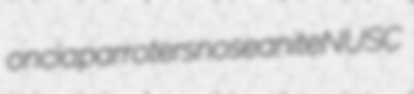
oncia parroters noseanite NUSC